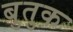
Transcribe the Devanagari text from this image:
बुतुक